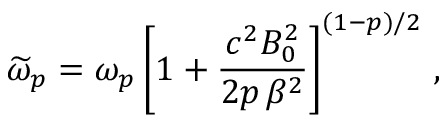
\widetilde { \omega } _ { p } = \omega _ { p } \left[ 1 + \frac { c ^ { 2 } B _ { 0 } ^ { 2 } } { 2 p \, \beta ^ { 2 } } \right] ^ { ( 1 - p ) / 2 } \, ,